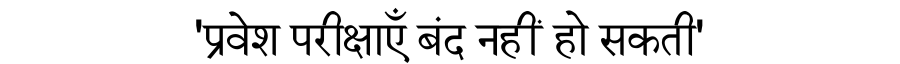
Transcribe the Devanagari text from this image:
'प्रवेश परीक्षाएँ बंद नहीं हो सकती'